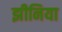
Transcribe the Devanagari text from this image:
झीनिया